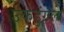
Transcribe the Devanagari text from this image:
उकडुंगले